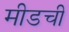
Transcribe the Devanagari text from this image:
मीडची